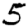
Digit: 5